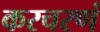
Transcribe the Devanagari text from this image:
करचरणं